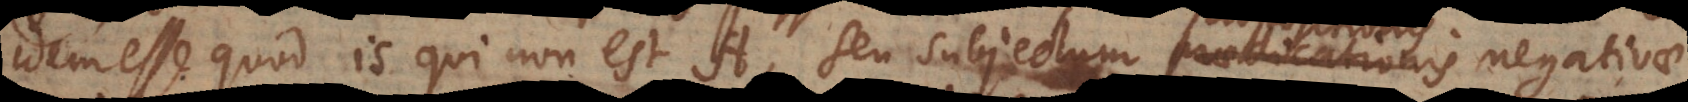
idem esse quod is qui non est A, seu subjectum praedicationis negativa